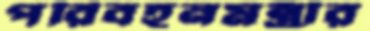
পরিবহনমন্ত্রীর